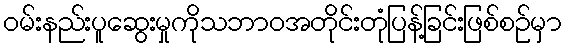
ဝမ်းနည်းပူဆွေးမှုကိုသဘာဝအတိုင်းတုံပြန့်ခြင်းဖြစ်စဉ်မှာ